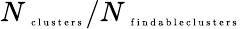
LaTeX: N_{\mathrm{~\tiny~c~l~u~s~t~e~r~s~}}/N_{\mathrm{~\tiny~f~i~n~d~a~b~l~e~c~l~u~s~t~e~r~s~}}